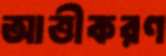
আত্তীকরণ